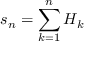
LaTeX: s _ { n } = \sum _ { k = 1 } ^ { n } H _ { k }